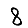
Digit: 8